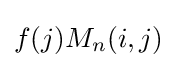
f(j)M_{n}(i,j)